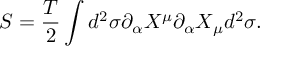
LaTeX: S = { \frac { T } { 2 } } \int d ^ { 2 } \sigma \partial _ { \alpha } X ^ { \mu } \partial _ { \alpha } X _ { \mu } d ^ { 2 } \sigma .